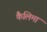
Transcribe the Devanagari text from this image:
कैलिमा